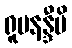
ရူပနန္ဒီပိ